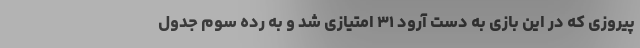
پیروزی که در این بازی به دست آرود ۳۱ امتیازی شد و به رده سوم جدول